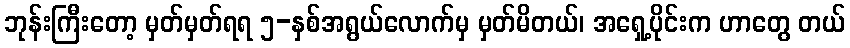
ဘုန်းကြီးတော့ မှတ်မှတ်ရရ ၅-နှစ်အရွယ်လောက်မှ မှတ်မိတယ်၊ အရှေ့ပိုင်းက ဟာတွေ တယ်